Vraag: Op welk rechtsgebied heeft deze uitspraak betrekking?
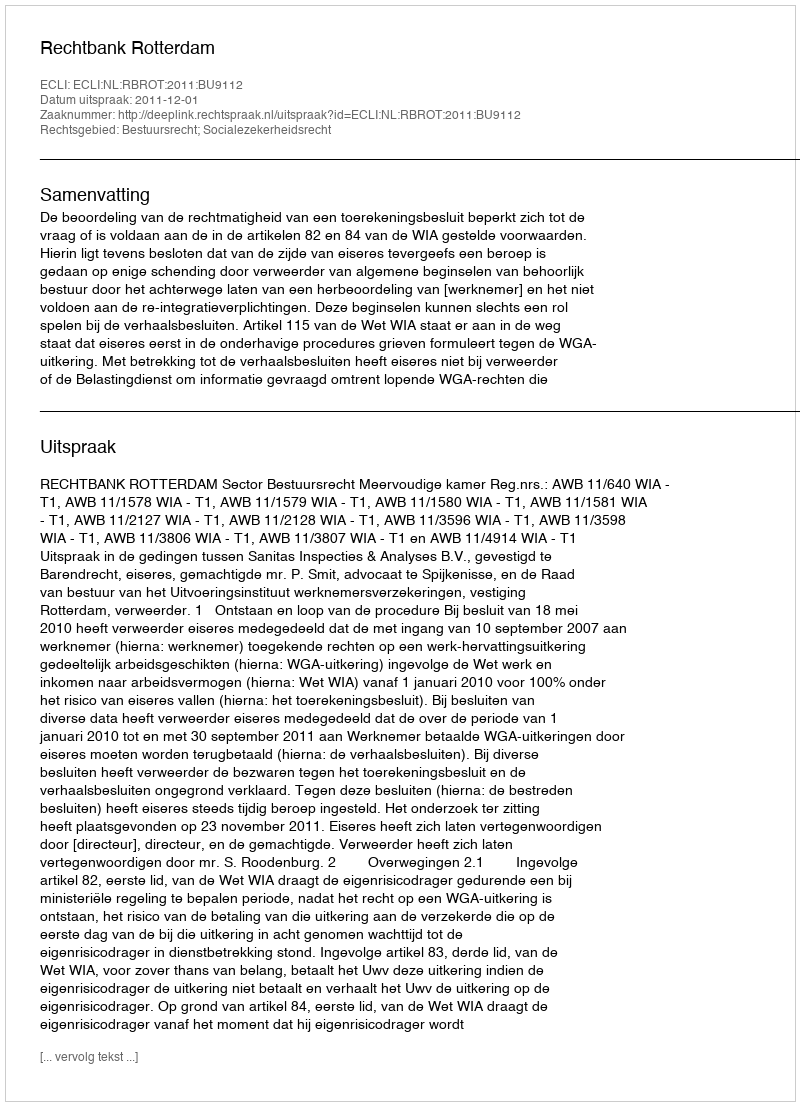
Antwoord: Bestuursrecht; Socialezekerheidsrecht